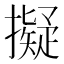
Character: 擬